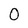
Character: 0